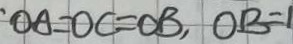
. O A = O C = O B , O B = 1